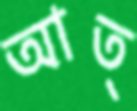
আত্